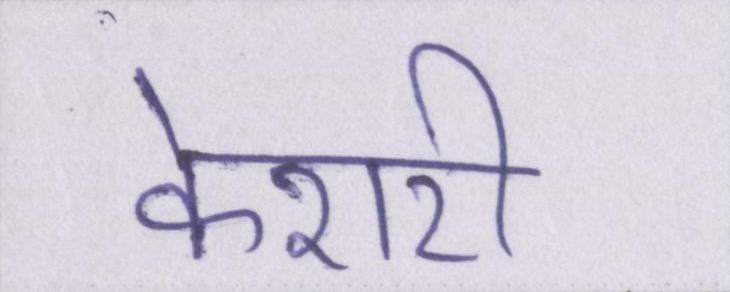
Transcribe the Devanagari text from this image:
केशरी